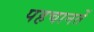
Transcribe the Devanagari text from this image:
पहचानतें